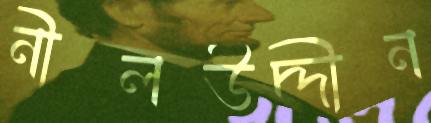
নীলউদ্দীন